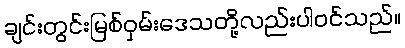
ချင်းတွင်းမြစ်ဝှမ်းဒေသတို့လည်းပါဝင်သည်။